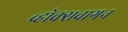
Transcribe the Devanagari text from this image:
व्होक्सवागन